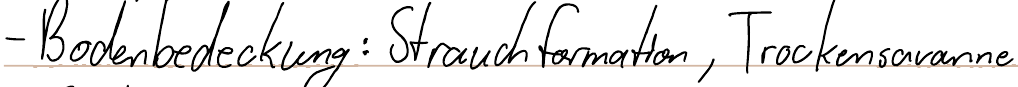
- Bodenbedeckung: Strauchformation, Trockensavanne